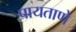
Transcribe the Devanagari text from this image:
पायताणे